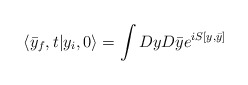
\begin{align*}\langle \bar{y}_f, t | y_i,0 \rangle = \int Dy D \bar{y} e ^{i S[y,\bar{y}]}\end{align*}